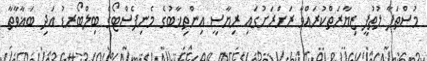
މުސްތަފާ ލުތުފީ ޒިޔާރަތްކުރައްވާ ރަށްރަށުގައި ރިޔާސީ އިންތިޚާބުގެ މެނިފެސްޓޯގެ ބިލްބޯރޑު އަދި ބަޣާވާތާ